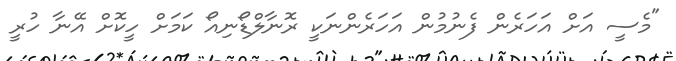
"މެސީ އަށް އަހަރެން ފެނުމުން އަހަރެންނަކީ ރޮނާލްޑޯނިއޯ ކަމަށް ހީކޮށް އޭނާ ހުރީ